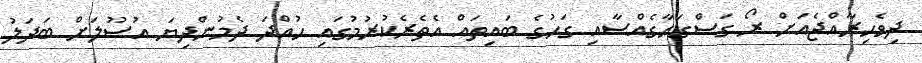
ދިވެހިރާއްޖެއަށް ރޯ ގަސްގަހާގެއްސާއި ގަހުގެ ބައިތައް އެތެރެކުރުމުގައި ހުއްދަ ދެމުންދިޔަ އުސޫލަށް ބަދަލު